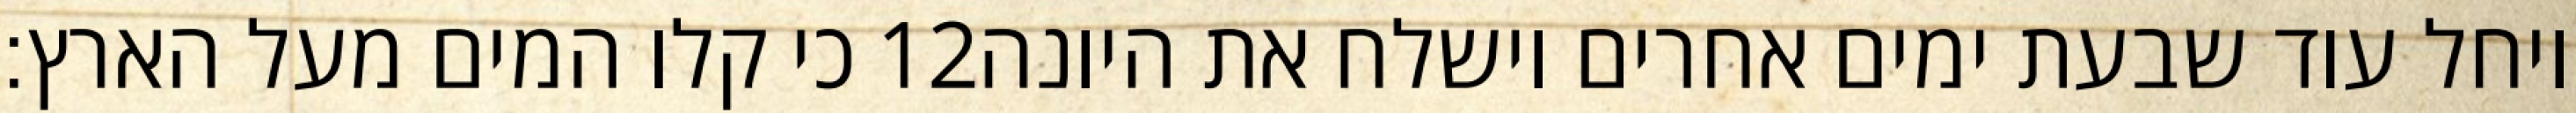
כי קלו המים מעל הארץ׃ ‎12‏ ויחל עוד שבעת ימים אחרים וישלח את היונה